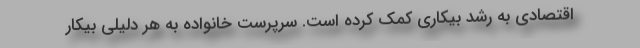
اقتصادی به رشد بیکاری کمک کرده است. سرپرست خانواده به هر دلیلی بیکار